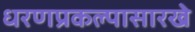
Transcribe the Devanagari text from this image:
धरणप्रकल्पासारखे